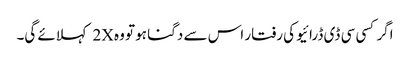
اگر کسی سی ڈی ڈرائیو کی رفتار اس سے دگنا ہو تو وہ 2X کہلائے گی۔